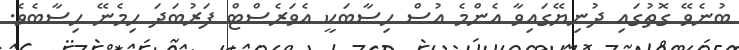
ބުނެވޭ ގޮތުގައި ދުނިޔޭގައިވާ އެންމެ އުސް ހިސާބަކީ އެވަރެސްޓް ފަރުބަދަ ހިމެނޭ ހިސާބެވެ.